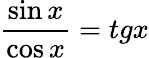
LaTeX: \frac{\sin x}{\cos x}=tgx